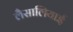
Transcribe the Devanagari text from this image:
लैसालियाई